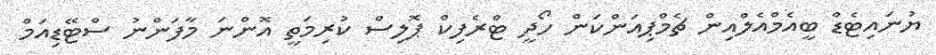
ޔުނައިޓެޑް ބީއެމްއެލްއިން ޗެމްޕިއަންކަން ހޯދީ ޓްރެފިކް ޕޮލިސް ކުރިމަތީ އޮންނަ މާފަންނު ސްޓޭޑިއަމް